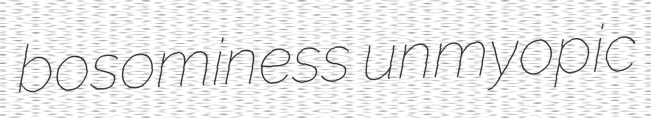
bosominess unmyopic